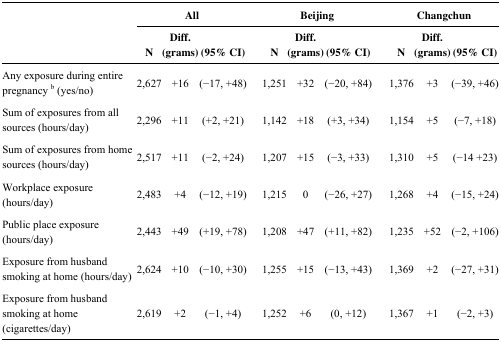
<table><thead><tr><td rowspan="3"></td><td colspan="3"><b>All</b></td><td colspan="3"><b>Beijing</b></td><td colspan="3"><b>Changchun</b></td></tr><tr><td colspan="3"><b>Diff.</b></td><td colspan="3"><b>Diff. </b></td><td colspan="3"><b>Diff. </b></td></tr><tr><td><b>N</b></td><td><b>(grams)</b></td><td><b>(95% CI)</b></td><td><b>N</b></td><td><b>(grams)</b></td><td><b>(95% CI)</b></td><td><b>N</b></td><td><b>(grams)</b></td><td><b>(95% CI)</b></td></tr></thead><tbody><tr><td>Any exposure during entire pregnancy <sup>b</sup> (yes/no)</td><td>2,627</td><td>+16</td><td>(−17, +48)</td><td>1,251</td><td>+32</td><td>(−20, +84)</td><td>1,376</td><td>+3</td><td>(−39, +46)</td></tr><tr><td>Sum of exposures from all sources (hours/day)</td><td>2,296</td><td>+11</td><td>(+2, +21)</td><td>1,142</td><td>+18</td><td>(+3, +34)</td><td>1,154</td><td>+5</td><td>(−7, +18)</td></tr><tr><td>Sum of exposures from home sources (hours/day)</td><td>2,517</td><td>+11</td><td>(−2, +24)</td><td>1,207</td><td>+15</td><td>(−3, +33)</td><td>1,310</td><td>+5</td><td>(−14 +23)</td></tr><tr><td>Workplace exposure (hours/day)</td><td>2,483</td><td>+4</td><td>(−12, +19)</td><td>1,215</td><td>0</td><td>(−26, +27)</td><td>1,268</td><td>+4</td><td>(−15, +24)</td></tr><tr><td>Public place exposure (hours/day)</td><td>2,443</td><td>+49</td><td>(+19, +78)</td><td>1,208</td><td>+47</td><td>(+11, +82)</td><td>1,235</td><td>+52</td><td>(−2, +106)</td></tr><tr><td>Exposure from husband smoking at home (hours/day)</td><td>2,624</td><td>+10</td><td>(−10, +30)</td><td>1,255</td><td>+15</td><td>(−13, +43)</td><td>1,369</td><td>+2</td><td>(−27, +31)</td></tr><tr><td>Exposure from husband smoking at home (cigarettes/day)</td><td>2,619</td><td>+2</td><td>(−1, +4)</td><td>1,252</td><td>+6</td><td>(0, +12)</td><td>1,367</td><td>+1</td><td>(−2, +3)</td></tr></tbody></table>